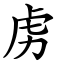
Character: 虏